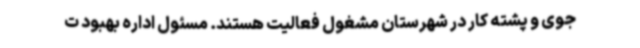
جوی و پشته کار در شهرستان مشغول فعالیت هستند. مسئول اداره بهبود ت